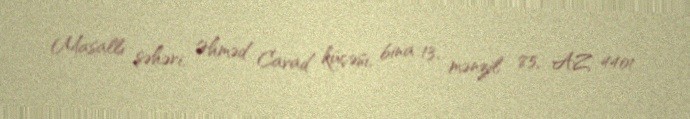
Masallı şəhəri, Əhməd Cavad küçəsi, bina 13, mənzil 85, AZ 4401